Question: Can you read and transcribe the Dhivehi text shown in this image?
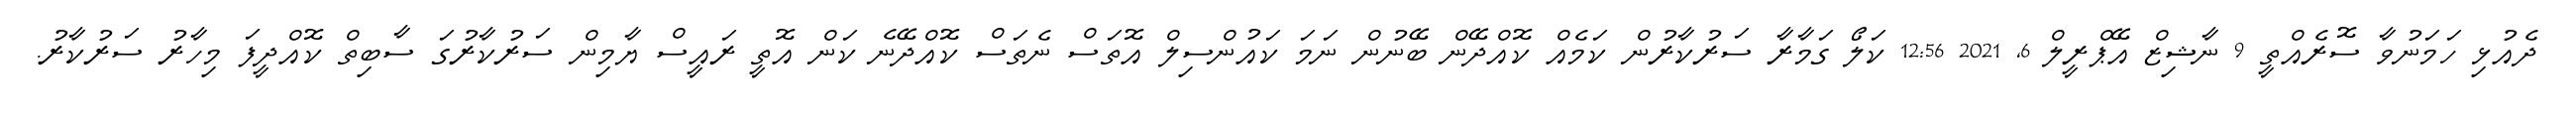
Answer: ދެއުޅި ހަމަނުވާ ސޮރެއްތީ 9 ނާޝިޒް އޭޕްރީލް 6, 2021 12:56 ކަލޯ ގަމާރާ ސަރުކާރުން ކަމެއް ކޮއްދޭން ބޭނުން ނަމަ ކައުންސިލް އޮތަސް ނެތަސް ކޮއްދޭނެ ކަން އޮތީ ރައީސް ޔާމިން ސަރުކާރުގަ ސާބިތް ކޮއްދީފަ މިހާރު ސަރުކާރު.